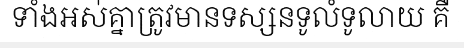
ទាំងអស់គ្នាត្រូវមានទស្សនទូលំទូលាយ គឺ